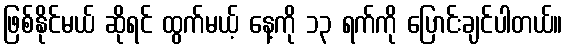
ဖြစ်နိုင်မယ် ဆိုရင် ထွက်မယ့် နေ့ကို ၁၃ ရက်ကို ပြောင်းချင်ပါတယ်။